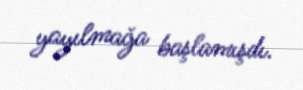
yayılmağa başlamışdı.